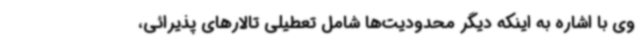
وی با اشاره به اینکه دیگر محدودیت‌ها شامل تعطیلی تالارهای پذیرائی،